Report on the cholera epidemic of
Year: 1868
Disease focus: Cholera
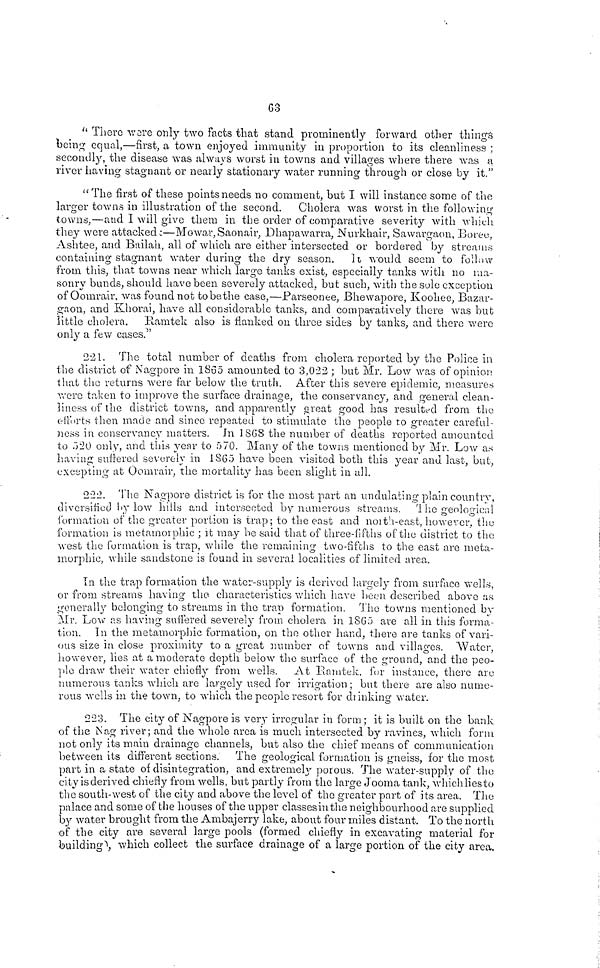
63
" There were only two facts that stand prominently forward other things
being equal,—first, a town enjoyed immunity in proportion to its cleanliness ;
secondly, the disease was always worst in towns and villages where there was a
river having stagnant or nearly stationary water running through or close by it."
"The first of these points needs no comment, but I will instance some of the
larger towns in illustration of the second. Cholera was worst in the following
towns,—and 1 will give them in the order of comparative severity with which
they were attacked:—Mowar, Saonair, Dhapawarra, Nurkhair, Sawargaon, Boree,
Ashtee, and Bailah, all of which are either intersected or bordered by streams
containing stagnant water during the dry season. It would seem to follow
from this, that towns near which large tanks exist, especially tanks with no ma-
sonry bunds, should have been severely attacked, but such, with the sole exception
of Oomrair, was found not to be the case,—Parseonee, Bhewapore, Koohee, Bazar-
gaon, and Khorai, have all considerable tanks, and comparatively there was but
little cholera. Ramtek also is flanked on three sides by tanks, and there were
only a few cases."
221. The total number of deaths from cholera reported by the Police in
the district of Nagpore in 1865 amounted to 3,022 ; but Mr. Low was of opinion
that the returns were far below the truth. After this severe epidemic, measures
were taken to improve the surface drainage, the conservancy, and general clean-
liness of the district towns, and apparently great good has resulted from the
efforts then made and since repeated to stimulate the people to greater careful-
ness in conservancy matters. In 1868 the number of deaths reported amounted
to 520 only, and this year to 570. Many of the towns mentioned by Mr. Low as
having suffered severely in 1860 have been visited both this year and last, but,
excepting at Oomrair, the mortality has been slight in all.
222. The Nagpore district is for the most part an undulating plain country,
diversified by low hills and intersected by numerous streams. The geological
formation of the greater portion is trap ; to the east and north-east, however, the
formation is metamoiphic ; it may be said that of three-fifth of the district to the
west the formation is trap, while the remaining two-fifths to the east are meta-
morphic, while sandstone is found in several localities of limited area.
In the trap formation the water-supply is derived largely from surface wells,
or from streams having the characteristics which have been described above as
generally belonging to streams in the trap formation. The towns mentioned by
Mr. Low as having suffered severely from cholera in 1865 are all in this forma-
tion. In the metamorphic formation, on the other hand, there are tanks of vari-
ous size in close proximity to a great number of towns and villages. Water,
however, lies at a moderate depth below the surface of the ground, and the peo-
ple draw their water chiefly from wells. At Ramtek, for instance, there are
numerous tanks which are largely used for irrigation ; but there are also nume-
rous wells in the town, to which the people resort for drinking water.
223. The city of Nagpore is very irregular in form ; it is built on the bank
of the Nag river; and the whole area is much intersected by ravines, which form
not only its main drainage channels, but also the chief means of communication
between its different sections. The geological formation is gneiss, for the most
part in a state of disintegration, and extremely porous. The water-supply of the
city is derived chiefly from wells, but partly from the large Jooma tank, whichlies to
the south-west of the city and above the level of the greater part of its area. The
palace and some of the houses of the upper classes in the neighbourhood are supplied
by water brought from the Ambajerry lake, about four miles distant. To the north
of the city are several large pools (formed chiefly in excavating material for
building), which collect the surface drainage of a large portion of the city area.